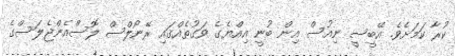
ކުރާ ކަމަށެވެ. އޭބީސީ ނިއުސް އިން ބުނީ އިއްޔެގެ ވަގުތެއްގައި ރޭނޯލްސް ލޮސްއެންޖެލަސްގެ